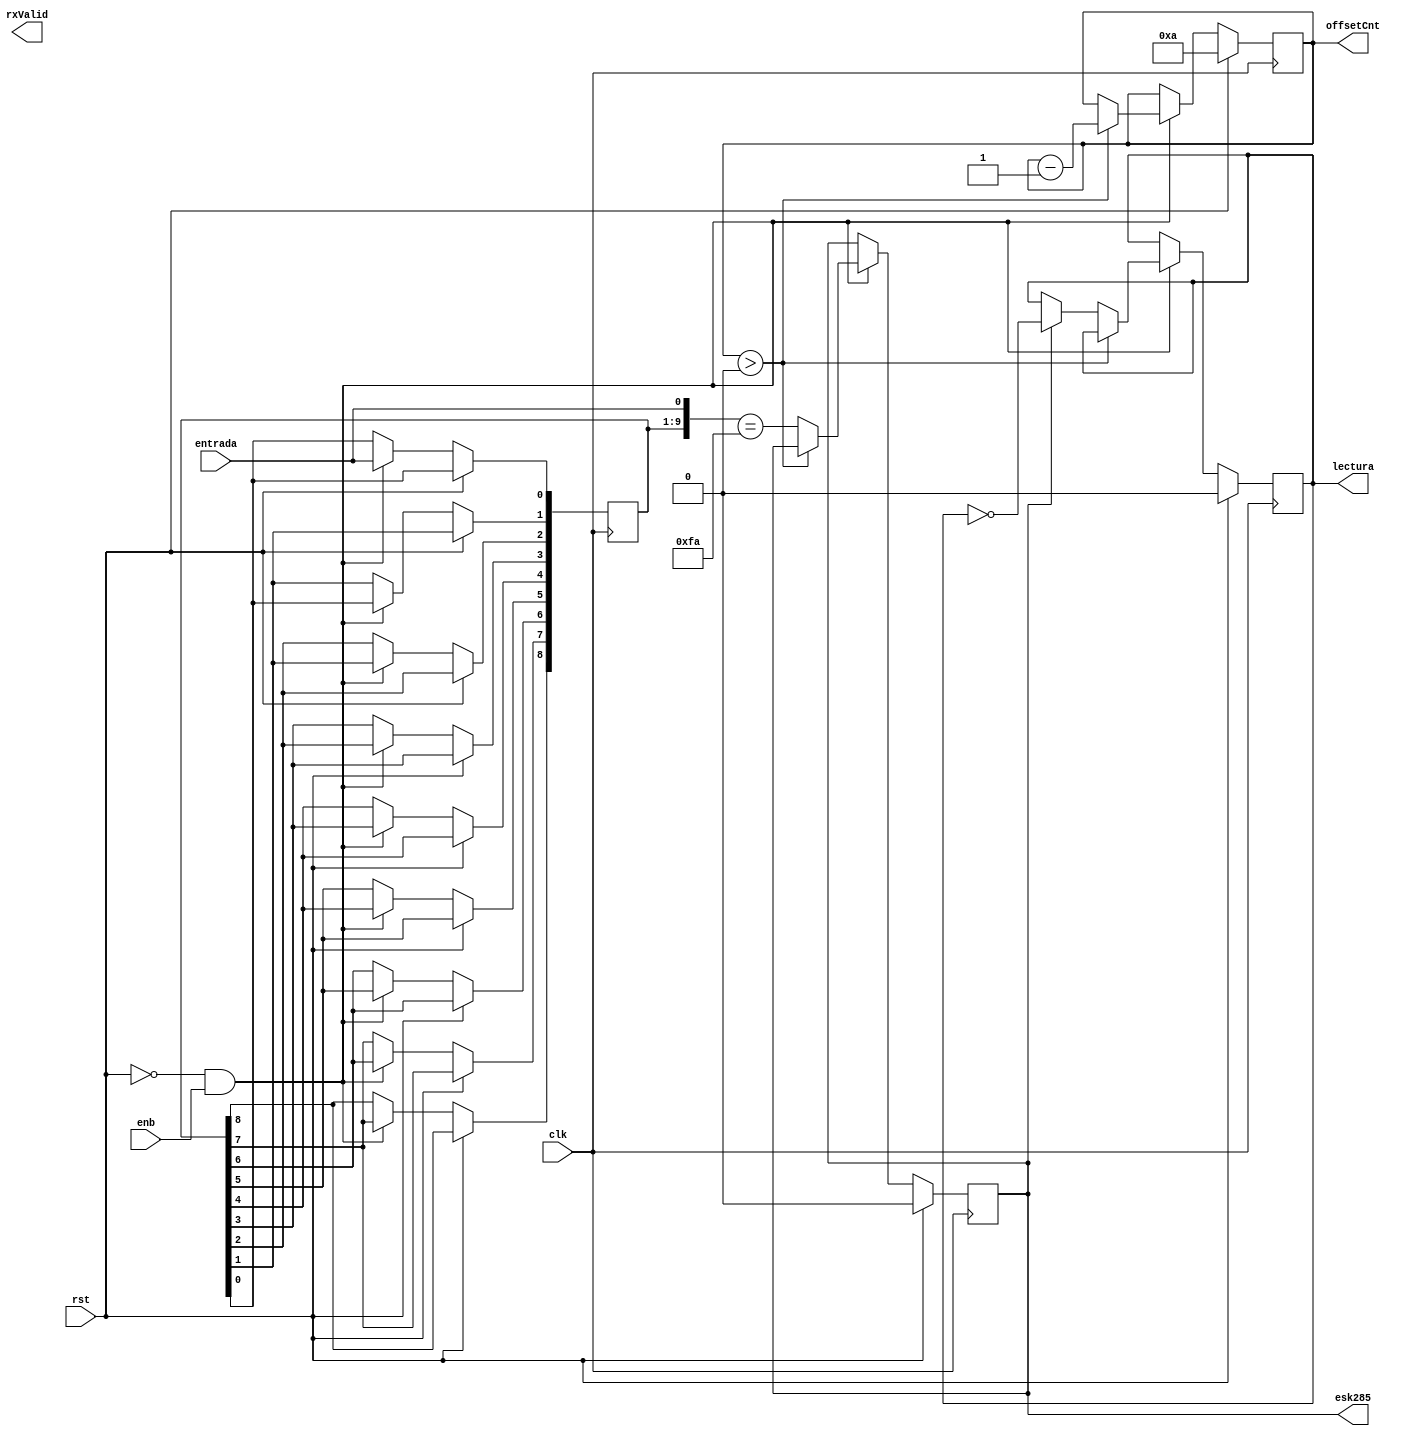
`timescale 1ns/1ps

// Para iniciar la lectura de datos durante una transmisin, es necesario
// identificar el inicio de los bits que se reciben, estos bits se reciben
// encodeados(8b10b). Se define un smbolo de diez bits conocido como 28.5k
// que indica el marco en que se reciben los bits.
//
// Este mdulo se encarga de observar los ltimos diez bits de una entrada
// serial para detectar el smbolo de control k28.5 que indica el inicio o
// fin de una secuencia de datos que enva el transmisor.
//
// La indicacin del simbolo se realiza de manera inmediata
// {memoria[8:0], entrada} == k28.5
// El bit 9 fue evaluado en el ciclo anterior, por eso se
// procede a realizar la comparacion con los siguientes datos.
//
// Este mdulo cuenta con una seal de lectura que indica que se est
// dentro de un marco de k28.5, esta seal se enciende cuando se observa
// un k28.5, y se apaga cuando se observa otro. Esta seal tambin se
// apaga cuando se enciende rst.
//
// El modulo lleva un offset de diez ciclos al inicio para
// tener 10 bits en registros y evitar seales de salida
// indeterminadas(ojo que 001xxxxxxxxx puede ser igual a la
// serie k28.5).

module k285Detector(
  clk,
  rst,
  enb,
  entrada, // bit de entrada serial
  esk285,  // indica que se tiene k28.5
  lectura, // indica estado de lectura
  offsetCnt,
  rxValid
);
  //parametro para selecionar posicion en la memoria de contador
  parameter PwrC=0;

  // Valor del simbolo K.28.5
  //   dec 188
  //   hex BC
  //   HGF EDCBA 101 11100
  //   rd -1 abcdei fghj 001111 1010
  //   rd +1 abcdei fghj 110000 0101
  //
  //   Se usa rd -1
  parameter valork285 = 10'b001111_1010;

  // seales base
  input wire clk;
  input wire rst;
  input wire enb;

  // bit de entrada serial
  input wire entrada;

  // indica si se tiene el simbolo k28.5
  // se indica inmediatamente se ha detectado
  // el simbolo
  output reg esk285;
  output reg lectura;

  output reg rxValid;

  output reg [3:0] offsetCnt;
  reg [8:0] bits; // 9 bits + entrada

  always @ (posedge clk) begin
    if (rst) begin
      esk285 <= 0;
      lectura <= 0;
      offsetCnt <= 4'd10;
    end else if (~rst && enb) begin
      bits[0] <= entrada;
      bits[1] <= bits[0];
      bits[2] <= bits[1];
      bits[3] <= bits[2];
      bits[4] <= bits[3];
      bits[5] <= bits[4];
      bits[6] <= bits[5];
      bits[7] <= bits[6];
      bits[8] <= bits[7];
      if (offsetCnt > 0) begin
        offsetCnt <= offsetCnt-1;
      end else begin
        esk285 <= ({bits[8:0], entrada} == valork285);
        lectura <= esk285 ? ~lectura : lectura;
      end
    end
  end
  //Codigo de intrumentacion para el conteo de transiciones
  //para solo contar transiciones en conductual, sin modificar la libreria
  `ifdef SIMULATION_conductual
    always @(posedge esk285) testbench_P1.probador.m1.PwrCntr[PwrC]<=testbench_P1.probador.m1.PwrCntr[PwrC]+1;
    always @(posedge lectura) testbench_P1.probador.m1.PwrCntr[PwrC]<=testbench_P1.probador.m1.PwrCntr[PwrC]+1;
    always @(posedge rxValid) testbench_P1.probador.m1.PwrCntr[PwrC]<=testbench_P1.probador.m1.PwrCntr[PwrC]+1;
    always @(posedge offsetCnt[0]) testbench_P1.probador.m1.PwrCntr[PwrC]<=testbench_P1.probador.m1.PwrCntr[PwrC]+1;
    always @(posedge offsetCnt[1]) testbench_P1.probador.m1.PwrCntr[PwrC]<=testbench_P1.probador.m1.PwrCntr[PwrC]+1;
    always @(posedge offsetCnt[2]) testbench_P1.probador.m1.PwrCntr[PwrC]<=testbench_P1.probador.m1.PwrCntr[PwrC]+1;
    always @(posedge offsetCnt[3]) testbench_P1.probador.m1.PwrCntr[PwrC]<=testbench_P1.probador.m1.PwrCntr[PwrC]+1;
  `endif
endmodule